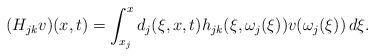
LaTeX: \begin{align*}(H_{jk}v)(x,t)=\int_{x_j}^{x}d_{j}(\xi,x,t)h_{jk}(\xi,\omega_j(\xi))v(\omega_j(\xi))\, d\xi.\end{align*}